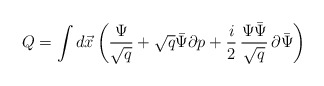
\begin{align*}Q=\int d\vec{x}\left(\frac{\Psi}{\sqrt{q}}+\sqrt{q}\bar{\Psi}\partial p+ \frac{i}{2}\,\frac{\Psi\bar{\Psi}}{\sqrt{q}}\,\partial\bar{\Psi}\right)\end{align*}